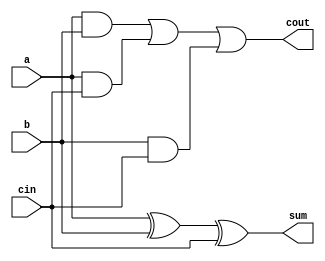
// 1-bit Full Adder
module fulladd(
	input a, b, cin,
	output reg sum, cout
);
	always @(a or b or cin)
	begin
		sum = a ^ b ^ cin;
		cout = (a & b) | (a & cin) | (b & cin);
	end
endmodule